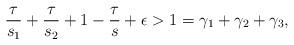
LaTeX: \begin{align*}\frac{\tau}{s_1}+\frac{\tau}{s_2}+ 1-\frac{\tau}{s}+\epsilon >1=\gamma_1+\gamma_2+\gamma_3,\end{align*}